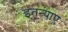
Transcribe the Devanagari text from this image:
इतन्याए